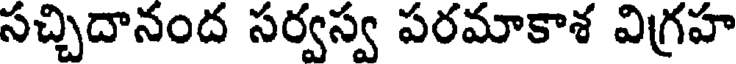
సచ్చిదానంద సర్వస్వ పరమాకాశ విగ్రహ